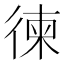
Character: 徚